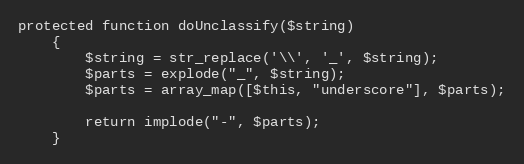
Language: PHP
protected function doUnclassify($string)
    {
        $string = str_replace('\\', '_', $string);
        $parts = explode("_", $string);
        $parts = array_map([$this, "underscore"], $parts);

        return implode("-", $parts);
    }